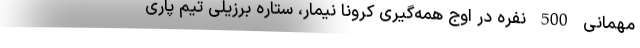
مهمانی 500 نفره در اوج همه‌گیری کرونا نیمار، ستاره برزیلی تیم پاری